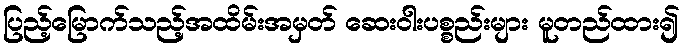
ပြည့်မြောက်သည့်အထိမ်းအမှတ် ဆေးဝါးပစ္စည်းများ မူတည်ထား၍